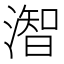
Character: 潪